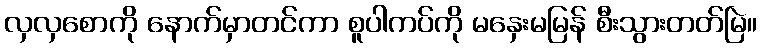
လှလှစောကို နောက်မှာတင်ကာ စူပါကပ်ကို မနှေးမမြန် စီးသွားတတ်မြဲ။